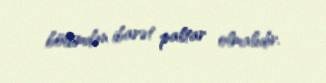
bölümdən ibarət paltar olmalıdır.